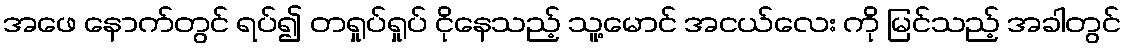
အဖေ နောက်တွင် ရပ်၍ တရှုပ်ရှုပ် ငိုနေသည့် သူ့မောင် အငယ်လေး ကို မြင်သည့် အခါတွင်